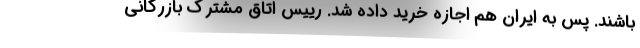
باشند. پس به ایران هم اجازه خرید داده شد. رییس اتاق مشترک بازرگانی